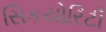
સિકયોરિટી